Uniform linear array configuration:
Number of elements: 8
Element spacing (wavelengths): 1
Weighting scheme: blackman
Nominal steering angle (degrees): -30
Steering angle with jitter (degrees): -28.728
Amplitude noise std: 0.05
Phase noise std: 0.05

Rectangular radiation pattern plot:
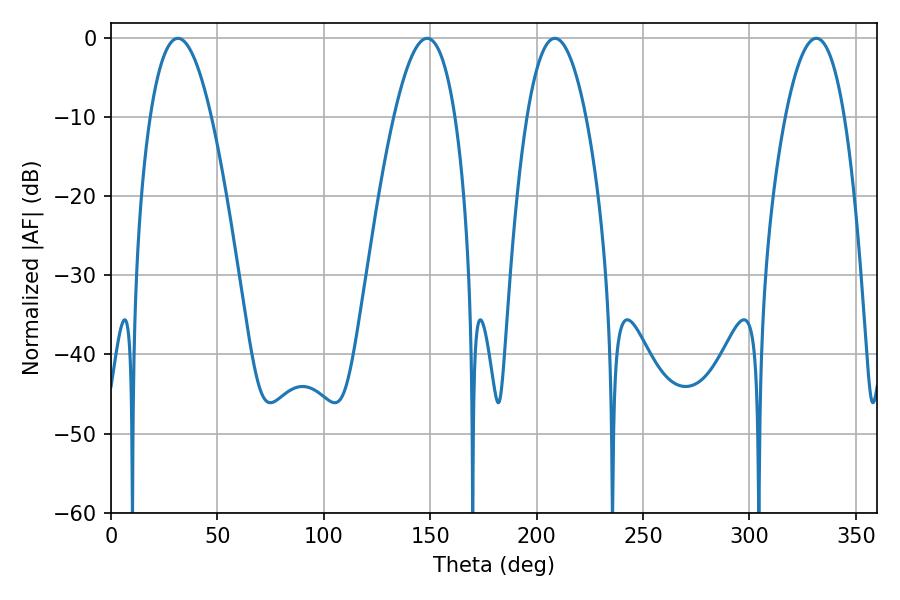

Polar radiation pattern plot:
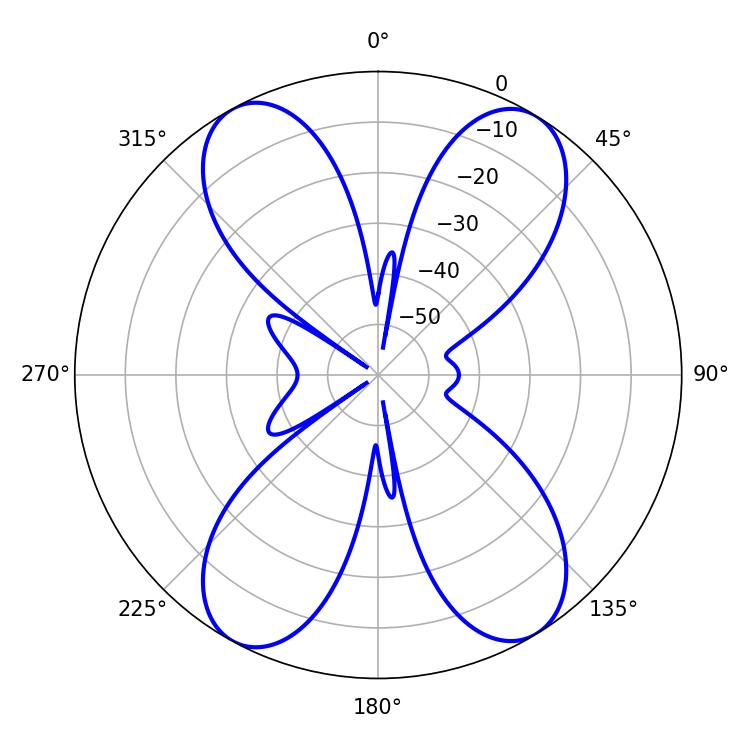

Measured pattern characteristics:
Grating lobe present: TRUE
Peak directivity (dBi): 17.169
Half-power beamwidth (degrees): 15.3
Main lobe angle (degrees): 331.38